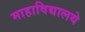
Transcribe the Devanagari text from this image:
माहाविद्यालये